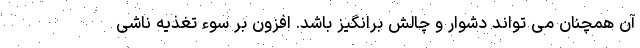
آن همچنان می تواند دشوار و چالش برانگیز باشد. افزون بر سوء تغذیه ناشی